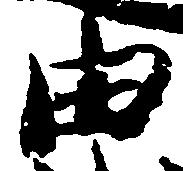
由